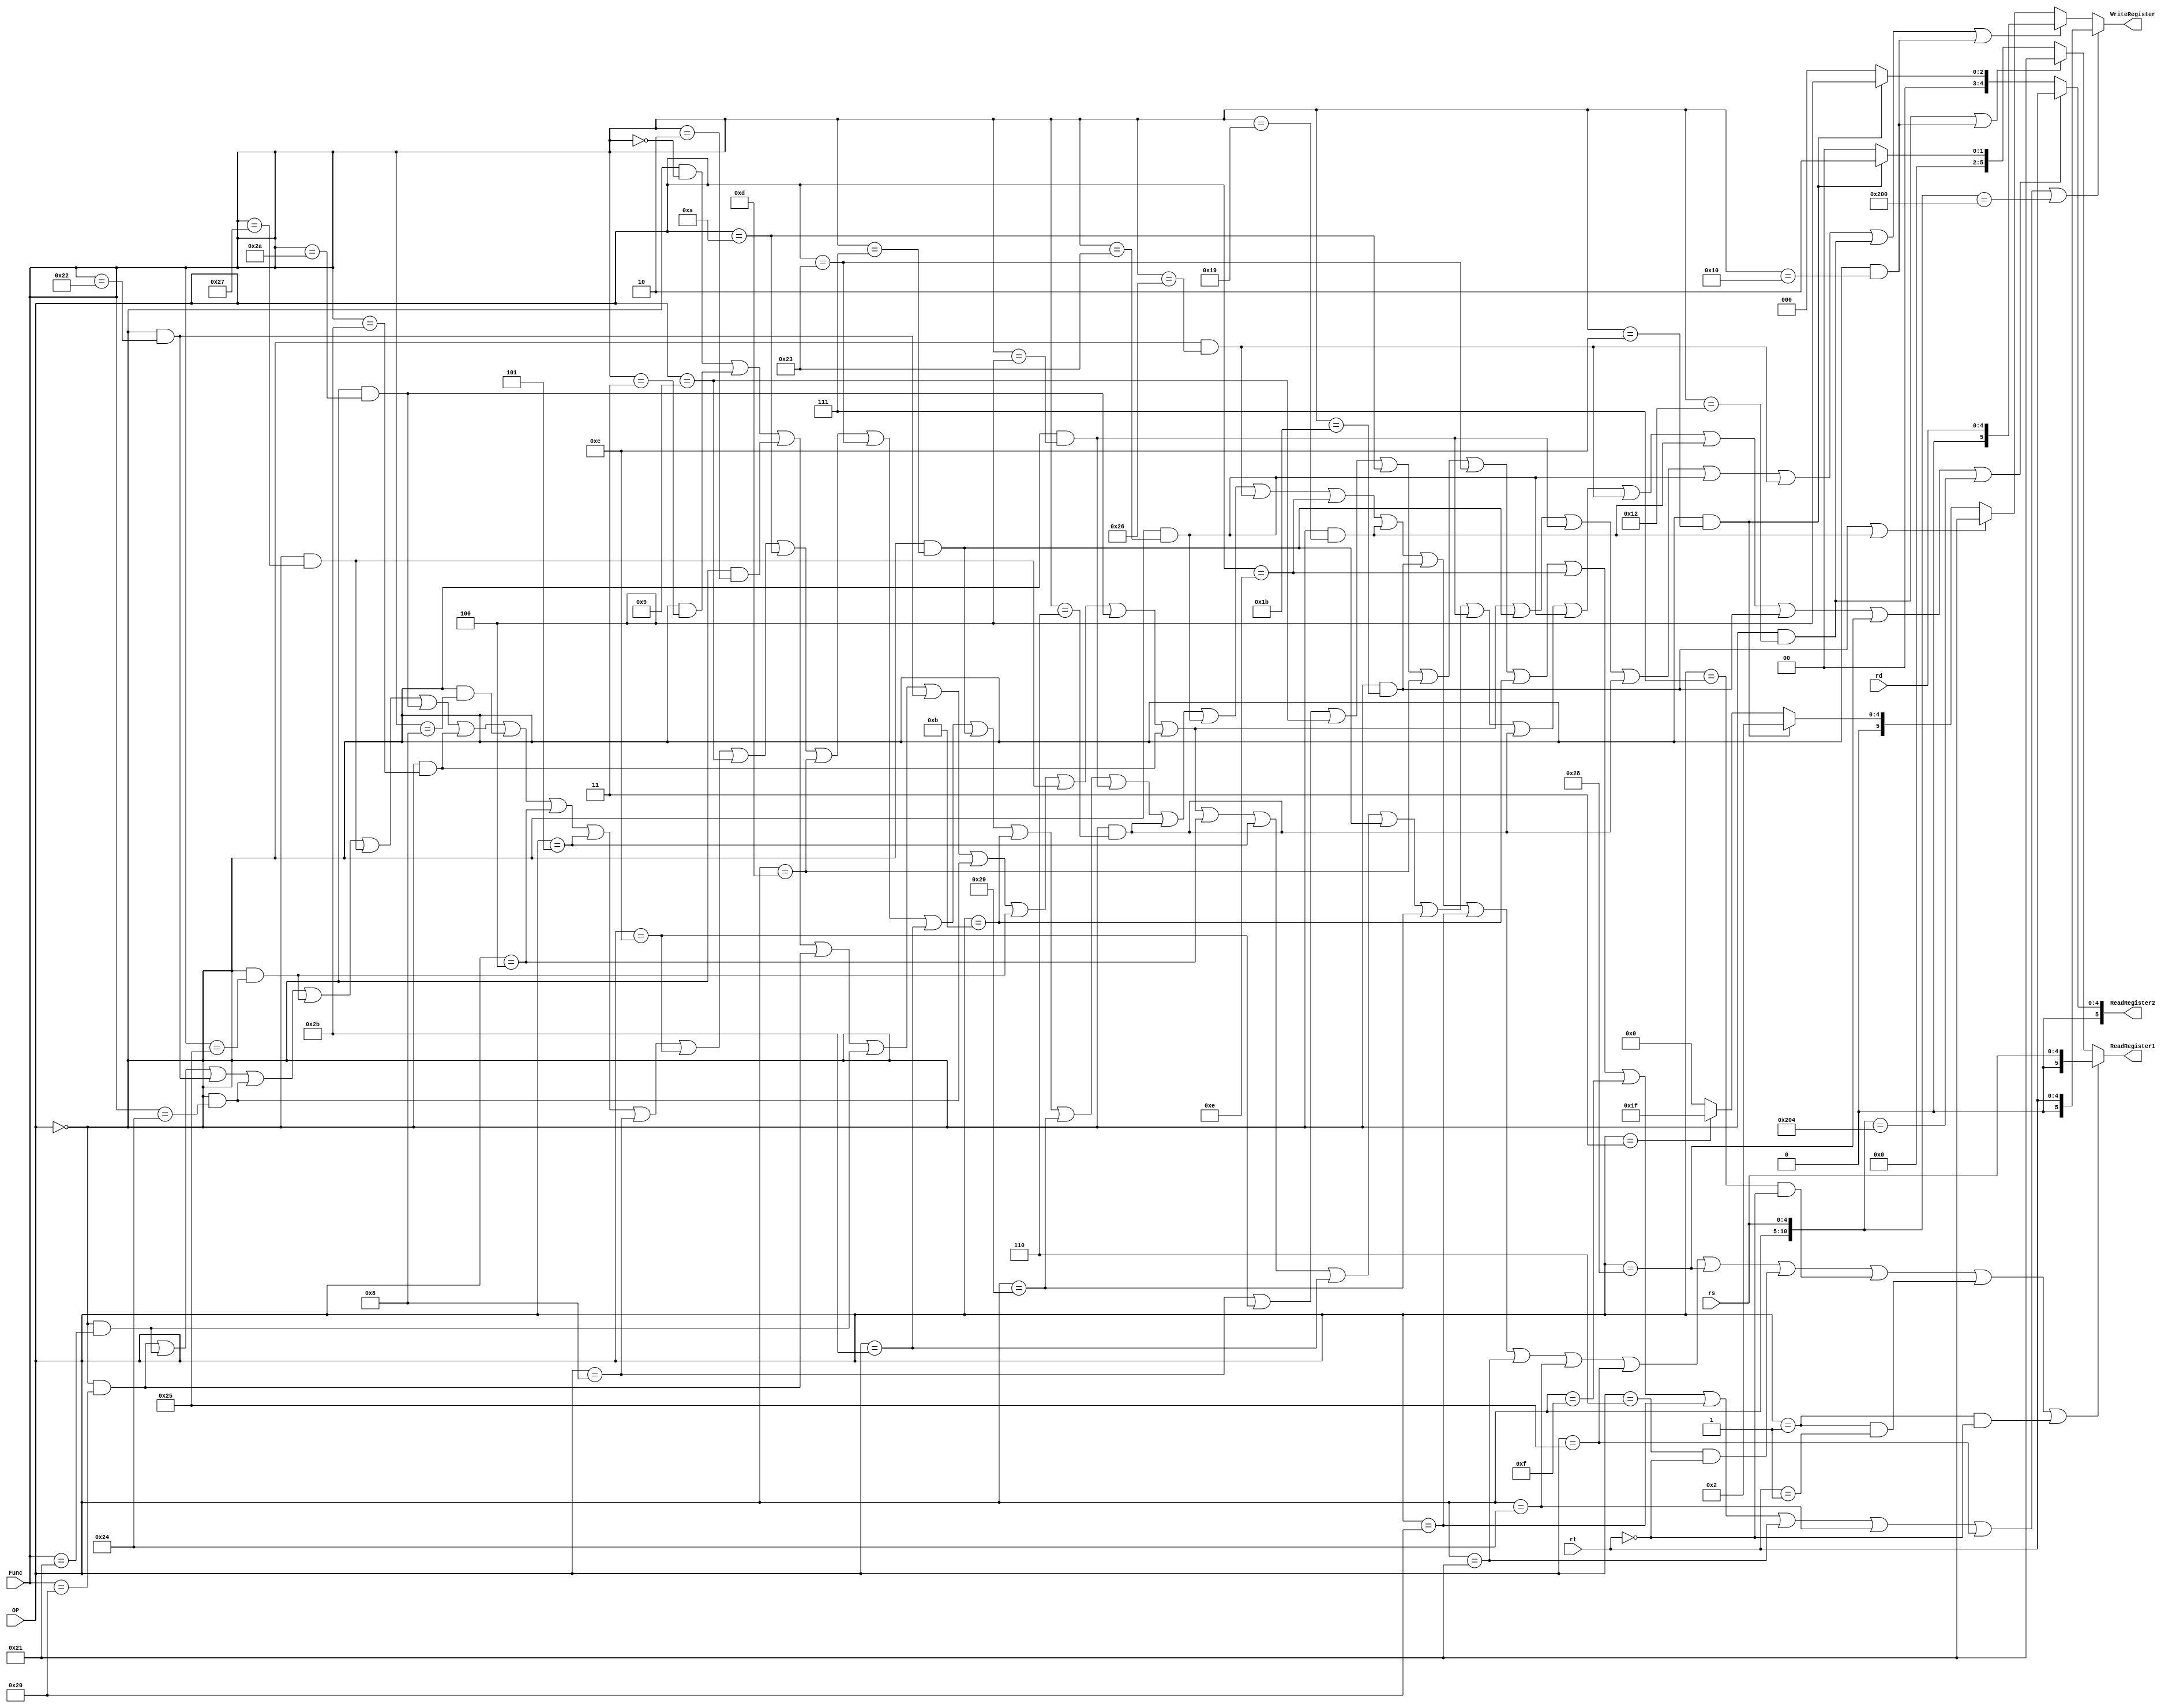
module ReadWriteRegister(
    input wire [5:0] OP,    //指令op字段
    input wire [5:0] Func,  //指令function字段
    input wire [4:0] rs,
    input wire [4:0] rt,          //指令的Rt字段，用来确定是哪一种跳转指令
    input wire [4:0] rd,
    output wire [5:0] ReadRegister1,
    output wire [5:0] ReadRegister2,
    output wire [5:0] WriteRegister
    );
    wire SLL,SRA,SRL,ADD,ADDU,SUB,AND,OR,NOR,SLT,SLTU,JR;
    wire SYSCALL,J,JAL,BEQ,BNE,ADDI,ADDIU,SLTI,ANDI,ORI,LW,SRAV,SLTIU,SW;
    wire SH,SLLV,SRLV,SUBU,XOR,XORI,LUI,MULTU,DIVU,MFLO,MFHI,LB,LH,LBU,LHU,SB,BLEZ,BGTZ,BGEZ,BLTZ;
    wire MFC0,MTC0;

    assign SLL = (OP == 6'd0) & (Func == 6'd0);
    assign SRA = (OP == 6'd0) & (Func == 6'd3);
    assign SRL = (OP == 6'd0) & (Func == 6'd2);
    assign ADD = (OP == 6'd0) & (Func == 6'd32);
    assign ADDU = (OP == 6'd0) & (Func == 6'd33);
    assign SUB = (OP == 6'd0) & (Func == 6'd34);
    assign AND = (OP == 6'd0) & (Func == 6'd36);
    assign OR = (OP == 6'd0) & (Func == 6'd37);
    assign NOR = (OP == 6'd0) & (Func == 6'd39);
    assign SLT = (OP == 6'd0) & (Func == 6'd42);
    assign SLTU = (OP == 6'd0) & (Func == 6'd43);
    assign JR = (OP == 6'd0) & (Func == 6'd8);
    assign SYSCALL = (OP == 6'd0) & (Func == 6'd12);
    assign J = (OP == 6'd2);
    assign JAL = (OP == 6'd3);
    assign BEQ = (OP == 6'd4);
    assign BNE = (OP == 6'd5);
    assign ADDI = (OP == 6'd8);
    assign ADDIU = (OP == 6'd9);
    assign SLTI = (OP == 6'd10);
    assign ANDI = (OP == 6'd12);
    assign ORI = (OP == 6'd13);
    assign LW = (OP == 6'd35);
    assign SW = (OP == 6'd43);
    assign SRAV = (OP == 6'd0) & (Func == 6'd7);
    assign SLTIU = (OP == 6'd11);
    assign SH = (OP == 6'd41);
    assign SLLV = (OP == 6'd0) & (Func == 6'd4);
    assign SRLV = (OP == 6'd0) & (Func == 6'd6);
    assign SUBU = (OP == 6'd0) & (Func == 6'd35);
    assign XOR = (OP == 6'd0) & (Func == 6'd38);
    assign XORI = (OP == 6'd14);
    assign LUI = (OP == 6'd15);
    assign MULTU = (OP == 6'd0) & (Func == 6'd25);
    assign DIVU = (OP == 6'd0) & (Func == 6'd27);
    assign MFLO = (OP == 6'd0) & (Func == 6'd18);
    assign MFHI = (OP == 6'd0) & (Func == 6'd16);
    assign LB = (OP == 6'd32);
    assign LH = (OP == 6'd33);
    assign LBU = (OP == 6'd36);
    assign LHU = (OP == 6'd37);
    assign SB = (OP == 6'd40);
    assign BGEZ = (OP == 6'd1) & (rt == 5'd1);
    assign BLEZ = (OP == 6'd6) & (rt == 5'd0);
    assign BGTZ = (OP == 6'd7) & (rt == 5'd0);
    assign BLTZ = (OP == 6'd1) & (rt == 5'd0);
    assign MTC0 = ({OP, rs}== 11'b010000_00100);
    assign MFC0 = ({OP, rs} == 11'b010000_00000);

    wire rs_sel, rt_sel, w_rd, w_rt;
    assign rs_sel = ADD | ADDU | SUB | AND | OR | NOR | SLT | SLTU | JR | BEQ | BNE | ADDI | ANDI | ADDIU | SLTI | ORI | LW | SW | SRAV | SLTIU | SH | SLLV | SRLV | SUBU | XOR | XORI | MULTU | DIVU | LB | LH | LBU | LHU | SB | BLEZ | BGTZ | BGEZ | BLTZ;
    assign rt_sel = SLL | SRA | SRL | ADD | ADDU | SUB | AND | OR | NOR | SLT | SLTU | BEQ | BNE | SW | SRAV | SH | SLLV | SRLV | SUBU | XOR | MULTU | DIVU | SB | MTC0;
    assign w_rd = SLL | SRA | SRL | ADD | ADDU | SUB | AND | OR | NOR | SLT | SLTU | SRAV | SLLV | SRLV | SUBU | XOR | MFLO | MFHI;
    assign w_rt = ADDI | ANDI | ADDIU | SLTI | ORI | LW | SLTIU | XORI | LUI | LB | LH | LBU | LHU | MFC0;

    assign ReadRegister1 = rs_sel ? {1'b0, rs} :
                        ( (MFLO | MFHI) ? {6'b100001} :
                        (SYSCALL ? 6'b000010 : 6'b0) );
    assign ReadRegister2 = rt_sel ? {0, rt} :
                        (SYSCALL ? 6'b000100 : 6'b0);
    assign WriteRegister = w_rt ? {1'b0, rt} :
                        ( w_rd ? {1'b0, rd} :
                        ( (DIVU | MULTU) ? {6'b100001} :
                        ( SYSCALL ? 6'b000010 :
                        ( JAL ? 6'b011111 : 6'b0) ) ) );



endmodule